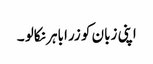
اپنی زبان کو زرا باہر نکالو ۔